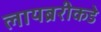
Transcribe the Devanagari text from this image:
लायब्ररीकडे